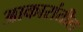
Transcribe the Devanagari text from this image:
आकारांतील